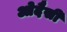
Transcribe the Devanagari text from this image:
ओदैसी